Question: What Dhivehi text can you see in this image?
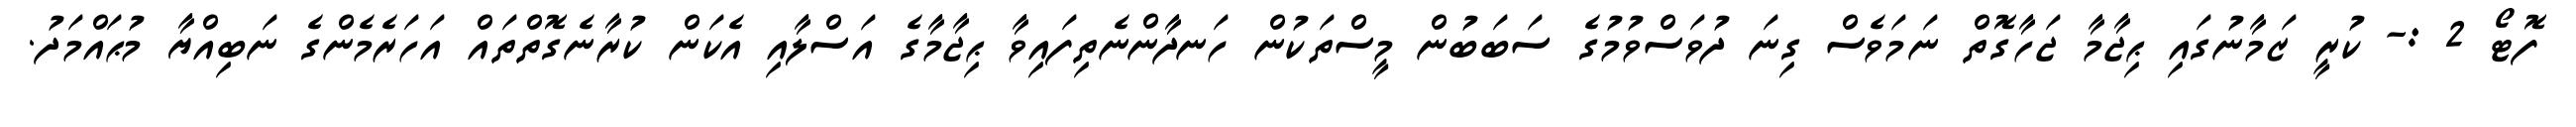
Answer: ފޮޓޯ 2 :- ކުރީ ޒަމާނުގައި ޙިޖާމާ ޖަހާގޮތް ނަމަވެސް ގިނަ ދުވަސްވުމުގެ ސަބަބުން މީސްތަކުން ހަނދާންނެތިފައިވާ ޙިޖާމާގެ އަސްލާއި އެކަން ކުރާނެގޮތްތައް އަހަރެމެންގެ ނަބިއްޔާ މުޙައްމަދު.